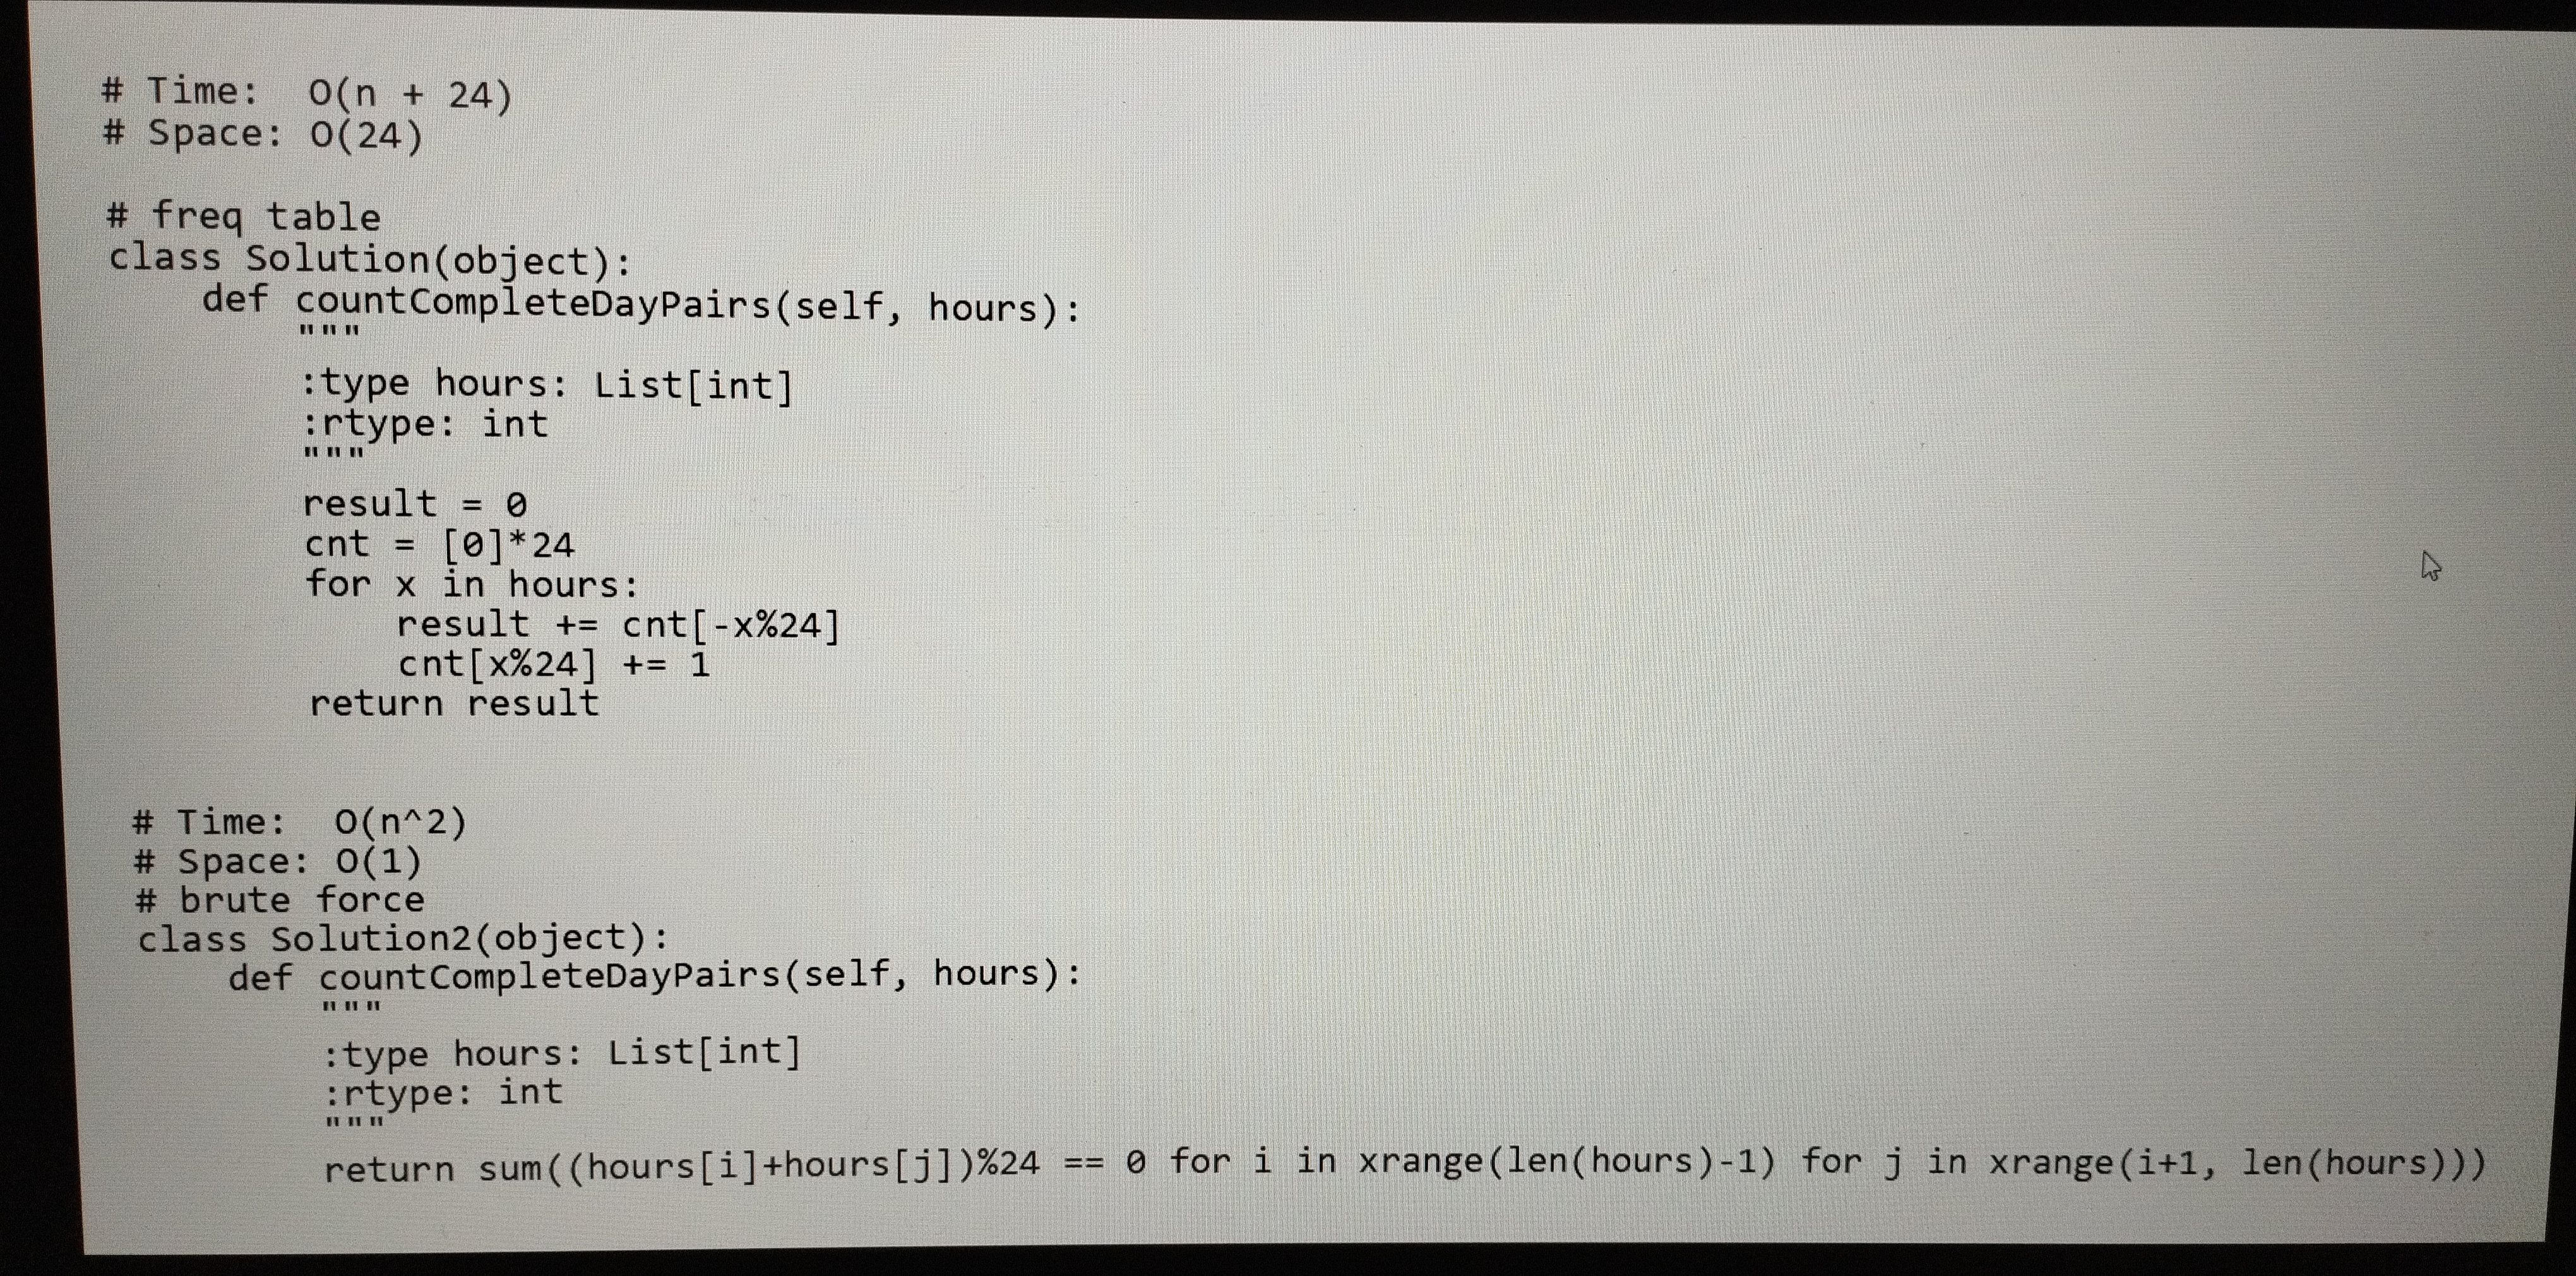
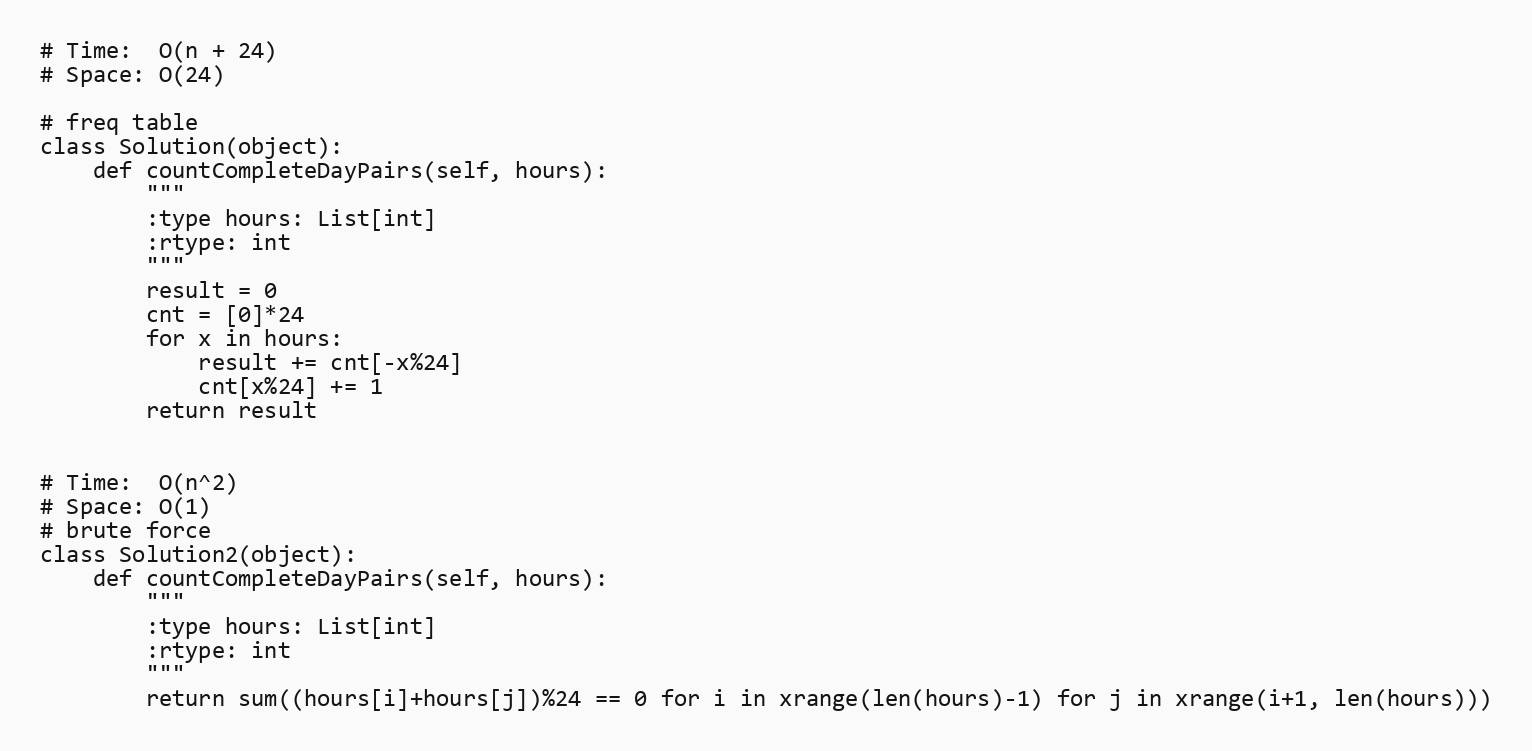
# Time:  O(n + 24)
# Space: O(24)

# freq table
class Solution(object):
    def countCompleteDayPairs(self, hours):
        """
        :type hours: List[int]
        :rtype: int
        """
        result = 0
        cnt = [0]*24
        for x in hours:
            result += cnt[-x%24]
            cnt[x%24] += 1
        return result

# Time:  O(n^2)
# Space: O(1)
# brute force
class Solution2(object):
    def countCompleteDayPairs(self, hours):
        """
        :type hours: List[int]
        :rtype: int
        """
        return sum((hours[i]+hours[j])%24 == 0 for i in xrange(len(hours)-1) for j in xrange(i+1, len(hours)))